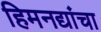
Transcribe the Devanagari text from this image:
हिमनद्यांचा